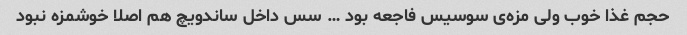
حجم غذا خوب ولی مزه‌ی سوسیس فاجعه بود … سس داخل ساندویچ هم اصلا خوشمزه نبود